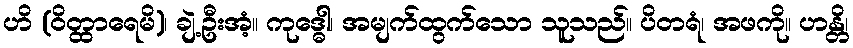
ဟိ (ဝိတ္ထာရေမိ)၊ ချဲ့ဦးအံ့။ ကုဒ္ဓေါ၊ အမျက်ထွက်သော သူသည်။ ပိတရံ၊ အဖကို။ ဟန္တိ၊